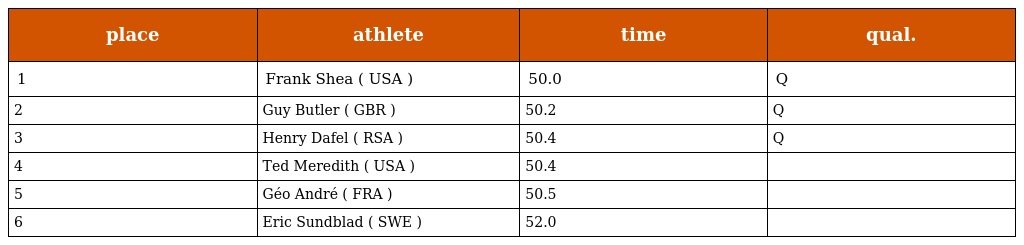
| place | athlete | time | qual. |
 | --- | --- | --- | --- |
 | 1 | Frank Shea ( USA ) | 50.0 | Q |
 | 2 | Guy Butler ( GBR ) | 50.2 | Q |
 | 3 | Henry Dafel ( RSA ) | 50.4 | Q |
 | 4 | Ted Meredith ( USA ) | 50.4 |  |
 | 5 | Géo André ( FRA ) | 50.5 |  |
 | 6 | Eric Sundblad ( SWE ) | 52.0 |  |